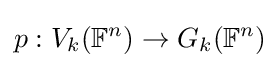
p:V_{k}(\mathbb {F} ^{n})\to G_{k}(\mathbb {F} ^{n})